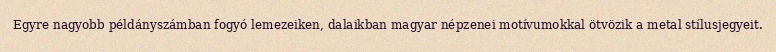
Egyre nagyobb példányszámban fogyó lemezeiken, dalaikban magyar népzenei motívumokkal ötvözik a metal stílusjegyeit.